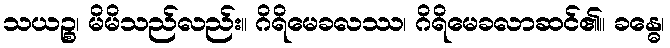
သယဉ္စ၊ မိမိသည်လည်း။ ဂိရိမေခလဿ၊ ဂိရိမေခလာဆင်၏။ ခန္ဓေ၊